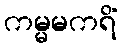
ကမ္မမကရိံ